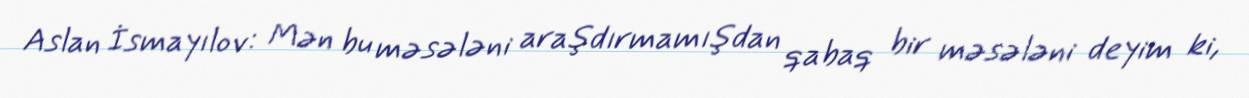
Aslan İsmayılov: Mən bu məsələni araşdırmamışdan qabaq bir məsələni deyim ki,